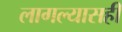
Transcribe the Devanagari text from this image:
लागल्यासही